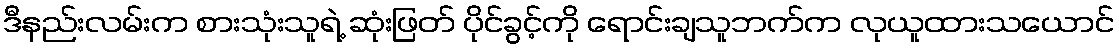
ဒီနည်းလမ်းက စားသုံးသူရဲ့ ဆုံးဖြတ် ပိုင်ခွင့်ကို ရောင်းချသူဘက်က လုယူထားသယောင်